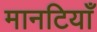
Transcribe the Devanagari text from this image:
मानटियाँ